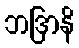
ဘဒြာနိ